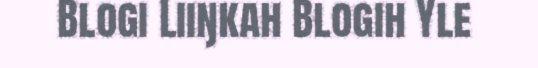
Blogi Liiŋkah Blogih Yle